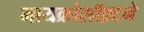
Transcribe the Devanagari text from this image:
मायक्रोसॉफ़्टने